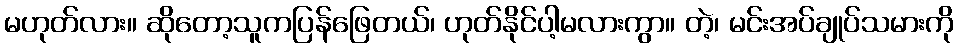
မဟုတ်လား။ ဆိုတော့သူကပြန်ဖြေတယ်၊ ဟုတ်နိုင်ပါ့မလားကွာ။ တဲ့၊ မင်းအပ်ချုပ်သမားကို